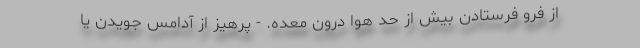
از فرو فرستادن بیش از حد هوا درون معده. - پرهیز از آدامس جویدن یا